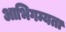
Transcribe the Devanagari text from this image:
आभिगम्यता